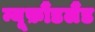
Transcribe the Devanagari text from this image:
न्यूफ़ौंडलैंड